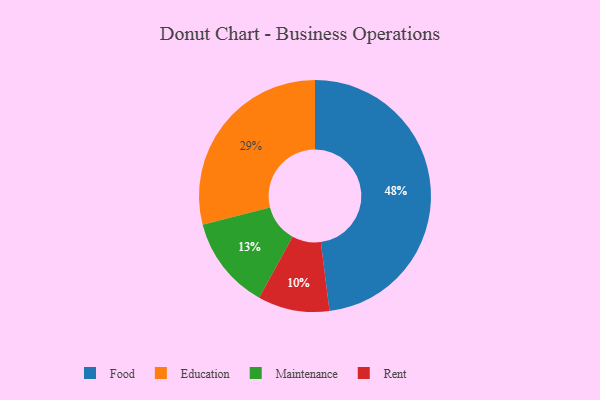
{"axis": {"x": "Category", "y": "Percentage"}, "legend": ["Education", "Food", "Maintenance", "Rent"], "data": [{"x": "Education", "y": 29, "type": "Education"}, {"x": "Maintenance", "y": 13, "type": "Maintenance"}, {"x": "Rent", "y": 10, "type": "Rent"}, {"x": "Food", "y": 48, "type": "Food"}]}